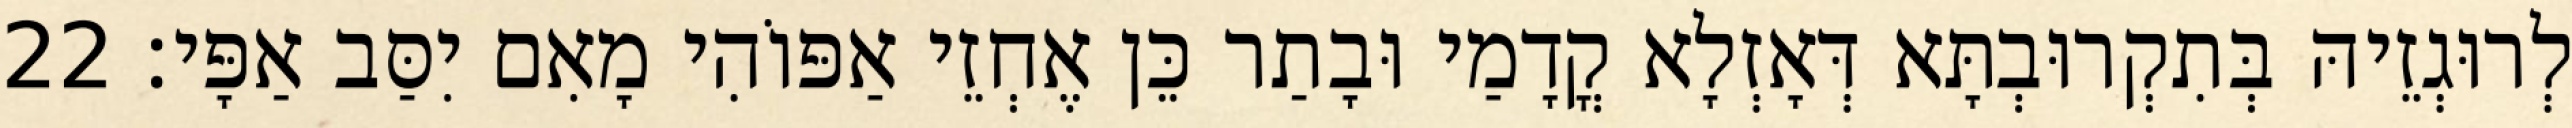
לְרוּגְזֵיהּ בְּתִקְרוּבְתָּא דְּאָזְלָא קֳדָמַי וּבָתַר כֵּן אֶחְזֵי אַפּוֹהִי מָאִם יִסַּב אַפָּי׃ 22